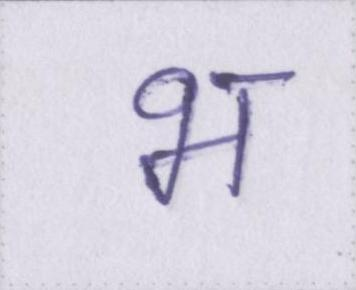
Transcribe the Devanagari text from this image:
भ